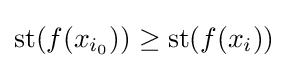
{\rm {st}}(f(x_{i_{0}}))\geq {\rm {st}}(f(x_{i}))